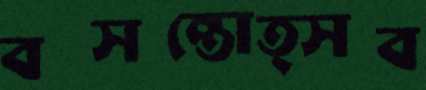
বসন্তোত্সব